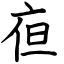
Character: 亱